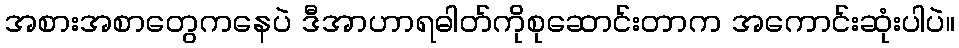
အစားအစာတွေကနေပဲ ဒီအာဟာရဓါတ်ကိုစုဆောင်းတာက အကောင်းဆုံးပါပဲ။